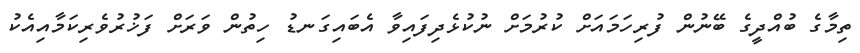
ތިމާގެ ބުއްދީގެ ބޭނުން ފުރިހަމައަށް ކުރުމަށް ނުކުޅެދިފައިވާ އެބައިގަނޑު ހިތުން ވަރަށް ފަޚުރުވެރިކަމާއިއެކު